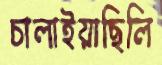
চালাইয়াছিলি